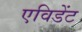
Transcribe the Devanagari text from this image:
एविडेंट